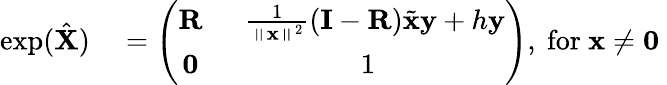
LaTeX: \begin{array}{rl}{\exp(\hat{\mathbf{X}})}&{{}=\left(\begin{array}{cc}{\mathbf{R}}&{\ \ \frac{1}{\left\Vert\mathbf{x}\right\Vert^{2}}(\mathbf{I}-\mathbf{R})\tilde{\mathbf{x}}\mathbf{y}+h\mathbf{y}}\\ {\mathbf{0}}&{1}\end{array}\right),\ \mathrm{for\ }\mathbf{x}\neq\mathbf{0}\ }\end{array}